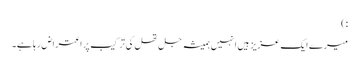
:)
میرے ایک عزیز ہیں انہیں ہمیشہ جل تھل کی ترکیب پر اعتراض رہا ہے۔